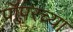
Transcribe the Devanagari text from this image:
पॉपरच्या